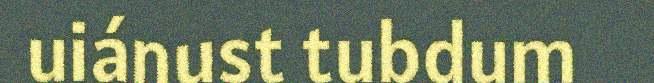
uiánust tubdum